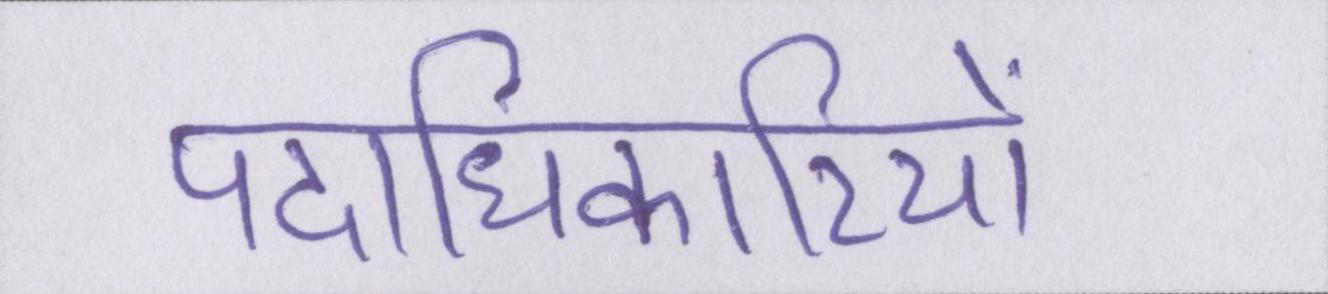
पदाधिकारियों